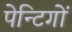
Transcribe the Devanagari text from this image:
पेन्टिगों